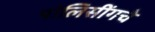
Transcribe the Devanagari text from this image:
पोलिसींगचे